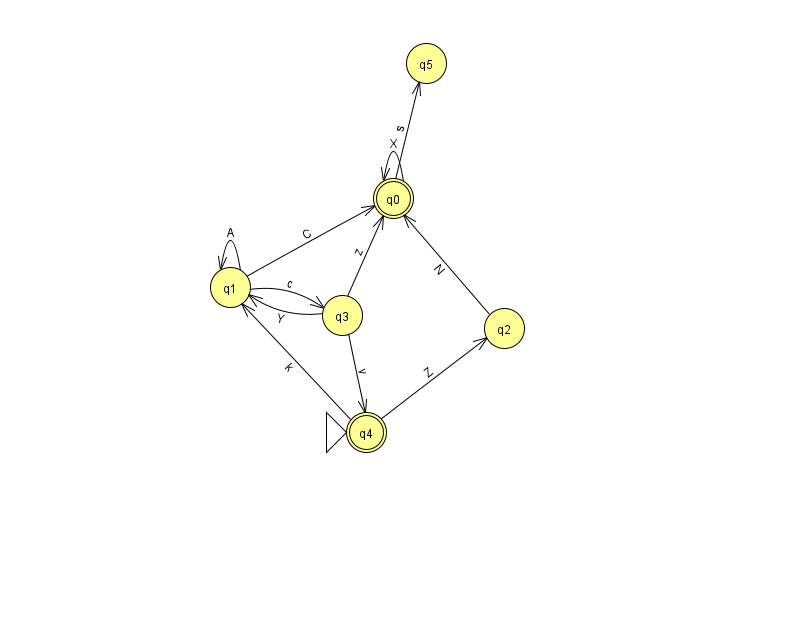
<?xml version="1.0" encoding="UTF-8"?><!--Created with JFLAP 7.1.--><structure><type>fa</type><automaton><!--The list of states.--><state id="0" name="q0"><x>393.0</x><y>185.0</y><final/></state><state id="1" name="q1"><x>230.0</x><y>274.0</y></state><state id="2" name="q2"><x>504.0</x><y>315.0</y></state><state id="3" name="q3"><x>342.0</x><y>302.0</y></state><state id="4" name="q4"><x>366.0</x><y>419.0</y><initial/><final/></state><state id="5" name="q5"><x>426.0</x><y>50.0</y></state><!--The list of transitions.--><transition><from>0</from><to>5</to><read>s</read></transition><transition><from>1</from><to>1</to><read>A</read></transition><transition><from>1</from><to>3</to><read>c</read></transition><transition><from>3</from><to>0</to><read>z</read></transition><transition><from>2</from><to>0</to><read>N</read></transition><transition><from>4</from><to>2</to><read>Z</read></transition><transition><from>4</from><to>1</to><read>k</read></transition><transition><from>0</from><to>0</to><read>X</read></transition><transition><from>1</from><to>0</to><read>C</read></transition><transition><from>3</from><to>4</to><read>v</read></transition><transition><from>3</from><to>1</to><read>Y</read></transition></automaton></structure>